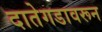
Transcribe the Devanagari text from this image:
दातेगडावरून